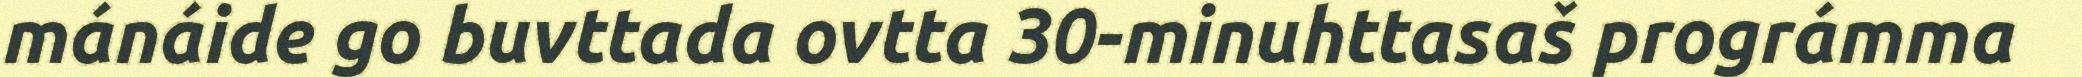
mánáide go buvttada ovtta 30-minuhttasaš prográmma